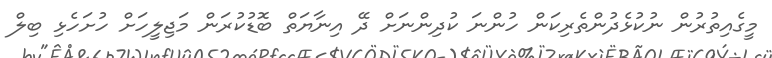
މީގެއިތުރުން ނުކުޅެދުންތެރިކަން ހުންނަ ކުދިންނަށް ދޭ އިނާޔަތް ބޮޑުކުރަން މަޖިލީހަށް ހުށަހެޅި ބިލް